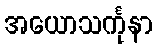
အယောသင်္ကုနာ